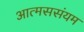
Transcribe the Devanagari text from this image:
आत्मससंयम